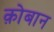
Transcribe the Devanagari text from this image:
क़ोबान